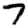
Digit: 7